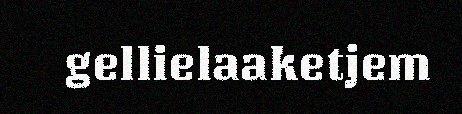
gellielaaketjem